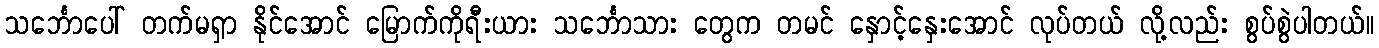
သင်္ဘောပေါ် တက်မရှာ နိုင်အောင် မြောက်ကိုရီးယား သင်္ဘောသား တွေက တမင် နှောင့်နှေးအောင် လုပ်တယ် လို့လည်း စွပ်စွဲပါတယ်။